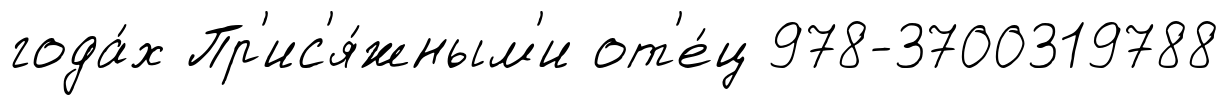
года́х Пр'ис'я́жным'и от'е́ц 978-3700319788